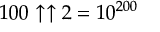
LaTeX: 1 0 0 \uparrow \uparrow 2 = 1 0 ^ { 2 0 0 }